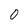
Character: 0